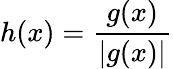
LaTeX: h(x)={\frac{g(x)}{|g(x)|}}